Burma Government Medical School reports 1923-41
Year: 1923
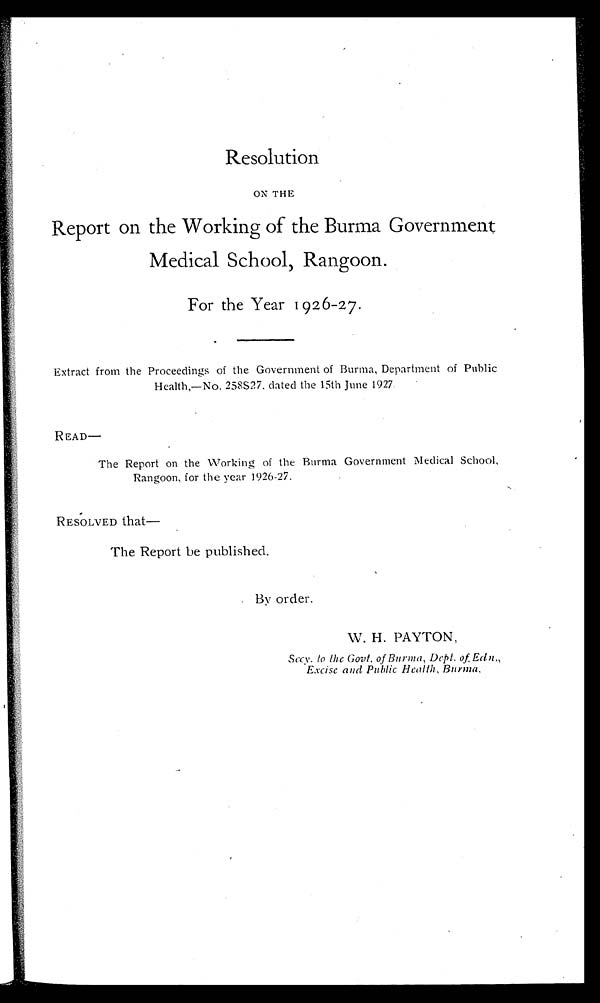
Resolution
ON THE
Report on the Working of the Burma Government
Medical School, Rangoon.
For the Year 1926-27.
Extract from the Proceedings of the Government of Burma, Department of Public
Health,—No. 258S27, dated the 15th June 1927.
READ—
The Report on the Working of the Burma Government Medical School,
Rangoon, for the year 1926-27.
RESOLVED that—
The Report be published.
By order.
W. H. PAYTON,
Secy. to the Govt. of Burma, Dept. of Edn.,
Excise and Public Health, Burma.